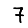
Digit: 7